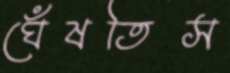
ঘেঁষতিস